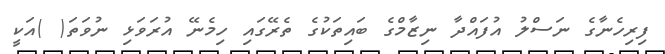
ފިރިހެނާގެ ނަސްލު އުފައްދާ ނިޒާމްގެ ބައިތަކުގެ ތެރޭގައި ހިމެނޭ އުރަވަޅި ނުވަތަ( )އަކީ